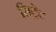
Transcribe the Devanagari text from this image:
सिट्रेट